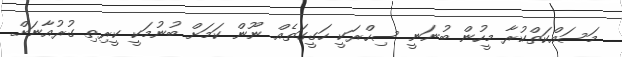
މަސައްކަތްކުރާ މީހުން ބުނަނީ ސިހްރަކީ ހަގީގަތެއް ނޫން ކަމަށް ބުނުމަކީ ކީރިތި ގުރުއާނަށް